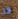
قد